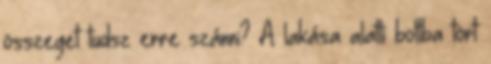
összeget tudsz erre szánni? A lakása alatti boltba tört